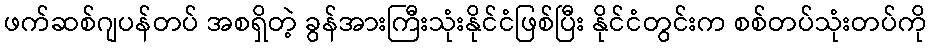
ဖက်ဆစ်ဂျပန်တပ် အစရှိတဲ့ ခွန်အားကြီးသုံးနိုင်ငံဖြစ်ပြီး နိုင်ငံတွင်းက စစ်တပ်သုံးတပ်ကို